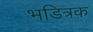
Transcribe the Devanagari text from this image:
भडित्रक